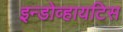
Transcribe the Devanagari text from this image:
इन्डोव्हायटिस